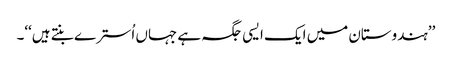
’’ہندوستان میں ایک ایسی جگہ ہے جہاں اُسترے بنتے ہیں‘‘۔